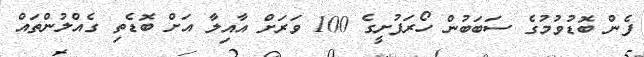
ފެން ބޮޑުވުމުގެ ސަބަބުން ހޯރަފުށީގެ 100 ވަރަށް އާއިލާ އަށް ބޮޑެތި ގެއްލުންތައް